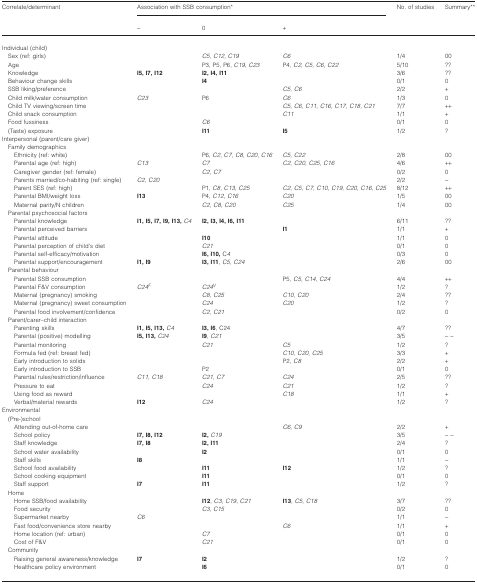
<table><thead><tr><td rowspan="2"><b>Correlate/determinant</b></td><td colspan="3"><b>Association with SSB consumption*</b></td><td rowspan="2"><b>No. of studies</b></td><td rowspan="2"><b>Summary[Link], [Link]</b></td></tr><tr><td><b>−</b></td><td><b>0</b></td><td><b>+</b></td></tr></thead><tbody><tr><td>Individual (child)</td><td></td><td></td><td></td><td></td><td></td></tr><tr><td>Sex (ref: girls)</td><td></td><td><i>C5, C12, C19</i></td><td><i>C6</i></td><td>1/4</td><td>00</td></tr><tr><td>Age</td><td></td><td>P3, P5, P6, <i>C19, C23</i></td><td>P4, <i>C2, C5, C6, C22</i></td><td>5/10</td><td>??</td></tr><tr><td>Knowledge</td><td><b>I5, I7, I12</b></td><td><b>I2, I4, I11</b></td><td></td><td>3/6</td><td>??</td></tr><tr><td>Behaviour change skills</td><td></td><td><b>I4</b></td><td></td><td>0/1</td><td>0</td></tr><tr><td>SSB liking/preference</td><td></td><td></td><td><i>C5, C6</i></td><td>2/2</td><td>+</td></tr><tr><td>Child milk/water consumption</td><td><i>C23</i></td><td>P6</td><td><i>C6</i></td><td>1/3</td><td>0</td></tr><tr><td>Child TV viewing/screen time</td><td></td><td></td><td><i>C5, C6, C11, C16, C17, C18, C21</i></td><td>7/7</td><td>++</td></tr><tr><td>Child snack consumption</td><td></td><td></td><td><i>C11</i></td><td>1/1</td><td>+</td></tr><tr><td>Food fussiness</td><td></td><td><i>C6</i></td><td></td><td>0/1</td><td>0</td></tr><tr><td>(Taste) exposure</td><td></td><td><b>I11</b></td><td><b>I5</b></td><td>1/2</td><td>?</td></tr><tr><td>Interpersonal (parent/care giver)</td><td></td><td></td><td></td><td></td><td></td></tr><tr><td>Family demographics</td><td></td><td></td><td></td><td></td><td></td></tr><tr><td>Ethnicity (ref: white)</td><td></td><td>P6, <i>C2, C7, C8, C20, C16</i></td><td><i>C5, C22</i></td><td>2/8</td><td>00</td></tr><tr><td>Parental age (ref: high)</td><td><i>C13</i></td><td><i>C7</i></td><td><i>C2, C20, C25, C16</i></td><td>4/6</td><td>++</td></tr><tr><td>Caregiver gender (ref: female)</td><td></td><td><i>C2, C7</i></td><td></td><td>0/2</td><td>0</td></tr><tr><td>Parents married/co‐habiting (ref: single)</td><td><i>C2, C20</i></td><td></td><td></td><td>2/2</td><td>−</td></tr><tr><td>Parent SES (ref: high)</td><td></td><td>P1, <i>C8, C13, C25</i></td><td><i>C2, C5, C7, C10, C19, C20, C16, C25</i></td><td>8/12</td><td>++</td></tr><tr><td>Parental BMI/weight loss</td><td><b>I13</b></td><td>P4, <i>C12, C16</i></td><td><i>C20</i></td><td>1/5</td><td>00</td></tr><tr><td>Maternal parity/N children</td><td></td><td><i>C2, C8, C20</i></td><td><i>C25</i></td><td>1/4</td><td>00</td></tr><tr><td>Parental psychosocial factors</td><td></td><td></td><td></td><td></td><td></td></tr><tr><td>Parental knowledge</td><td><b>I1, I5, I7, I9, I13,</b><i>C4</i></td><td><b>I2, I3, I4, I6, I11</b></td><td></td><td>6/11</td><td>??</td></tr><tr><td>Parental perceived barriers</td><td></td><td></td><td><b>I1</b></td><td>1/1</td><td>+</td></tr><tr><td>Parental attitude</td><td></td><td><b>I10</b></td><td></td><td>1/1</td><td>0</td></tr><tr><td>Parental perception of child&#x27;s diet</td><td></td><td><i>C21</i></td><td></td><td>0/1</td><td>0</td></tr><tr><td>Parental self‐efficacy/motivation</td><td></td><td><b>I6, I10,</b> C<i>4</i></td><td></td><td>0/3</td><td>0</td></tr><tr><td>Parental support/encouragement</td><td><b>I1, I9</b></td><td><b>I3, I11</b>, <i>C5, C24</i></td><td></td><td>2/6</td><td>00</td></tr><tr><td>Parental behaviour</td><td></td><td></td><td></td><td></td><td></td></tr><tr><td>Parental SSB consumption</td><td></td><td></td><td>P5, <i>C5, C14, C24</i></td><td>4/4</td><td>++</td></tr><tr><td>Parental F&amp;V consumption</td><td><i>C24<sup>F</sup></i></td><td><i>C24<sup>V</sup></i></td><td></td><td>1/2</td><td>?</td></tr><tr><td>Maternal (pregnancy) smoking</td><td></td><td><i>C8, C25</i></td><td><i>C10, C20</i></td><td>2/4</td><td>??</td></tr><tr><td>Maternal (pregnancy) sweet consumption</td><td></td><td><i>C24</i></td><td><i>C20</i></td><td>1/2</td><td>?</td></tr><tr><td>Parental food involvement/confidence</td><td></td><td><i>C2, C21</i></td><td></td><td>0/2</td><td>0</td></tr><tr><td>Parent/carer–child interaction</td><td></td><td></td><td></td><td></td><td></td></tr><tr><td>Parenting skills</td><td><b>I1, I5, I13,</b><i>C4</i></td><td><b>I3, I6</b>, C24</td><td></td><td>4/7</td><td>??</td></tr><tr><td>Parental (positive) modelling</td><td><b>I5, I13,</b><i>C24</i></td><td><b>I9</b>, <i>C21</i></td><td></td><td>3/5</td><td>− −</td></tr><tr><td>Parental monitoring</td><td></td><td><i>C21</i></td><td><i>C5</i></td><td>1/2</td><td>?</td></tr><tr><td>Formula fed (ref: breast fed)</td><td></td><td></td><td><i>C10, C20, C25</i></td><td>3/3</td><td>+</td></tr><tr><td>Early introduction to solids</td><td></td><td></td><td>P2, <i>C8</i></td><td>2/2</td><td>+</td></tr><tr><td>Early introduction to SSB</td><td></td><td>P2</td><td></td><td>0/1</td><td>0</td></tr><tr><td>Parental rules/restriction/influence</td><td><i>C11, C18</i></td><td><i>C21, C7</i></td><td><i>C24</i></td><td>2/5</td><td>??</td></tr><tr><td>Pressure to eat</td><td></td><td><i>C24</i></td><td><i>C21</i></td><td>1/2</td><td>?</td></tr><tr><td>Using food as reward</td><td></td><td></td><td><i>C18</i></td><td>1/1</td><td>+</td></tr><tr><td>Verbal/material rewards</td><td><b>I12</b></td><td><i>C24</i></td><td></td><td>1/2</td><td>?</td></tr><tr><td>Environmental</td><td></td><td></td><td></td><td></td><td></td></tr><tr><td>(Pre‐)school</td><td></td><td></td><td></td><td></td><td></td></tr><tr><td>Attending out‐of‐home care</td><td></td><td></td><td><i>C6, C9</i></td><td>2/2</td><td>+</td></tr><tr><td>School policy</td><td><b>I7, I8, I12</b></td><td><b>I2,</b><i>C19</i></td><td></td><td>3/5</td><td>− −</td></tr><tr><td>Staff knowledge</td><td><b>I7, I8</b></td><td><b>I2, I11</b></td><td></td><td>2/4</td><td>?</td></tr><tr><td>School water availability</td><td></td><td><b>I2</b></td><td></td><td>0/1</td><td>0</td></tr><tr><td>Staff skills</td><td><b>I8</b></td><td></td><td></td><td>1/1</td><td>−</td></tr><tr><td>School food availability</td><td></td><td><b>I11</b></td><td><b>I12</b></td><td>1/2</td><td>?</td></tr><tr><td>School cooking equipment</td><td></td><td><b>I11</b></td><td></td><td>0/1</td><td>0</td></tr><tr><td>Staff support</td><td><b>I7</b></td><td><b>I11</b></td><td></td><td>1/2</td><td>?</td></tr><tr><td>Home</td><td></td><td></td><td></td><td></td><td></td></tr><tr><td>Home SSB/food availability</td><td></td><td><b>I12</b>, <i>C3, C19, C21</i></td><td><b>I13</b>, <i>C5, C18</i></td><td>3/7</td><td>??</td></tr><tr><td>Food security</td><td></td><td><i>C3, C15</i></td><td></td><td>0/2</td><td>0</td></tr><tr><td>Supermarket nearby</td><td><i>C6</i></td><td></td><td></td><td>1/1</td><td>−</td></tr><tr><td>Fast food/convenience store nearby</td><td></td><td></td><td><i>C6</i></td><td>1/1</td><td>+</td></tr><tr><td>Home location (ref: urban)</td><td></td><td><i>C7</i></td><td></td><td>0/1</td><td>0</td></tr><tr><td>Cost of F&amp;V</td><td></td><td><i>C21</i></td><td></td><td>0/1</td><td>0</td></tr><tr><td>Community</td><td></td><td></td><td></td><td></td><td></td></tr><tr><td>Raising general awareness/knowledge</td><td><b>I7</b></td><td><b>I2</b></td><td></td><td>1/2</td><td>?</td></tr><tr><td>Healthcare policy environment</td><td></td><td><b>I6</b></td><td></td><td>0/1</td><td>0</td></tr></tbody></table>